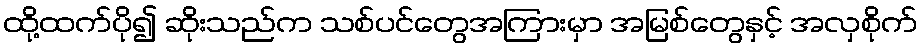
ထို့ထက်ပို၍ ဆိုးသည်က သစ်ပင်တွေအကြားမှာ အမြစ်တွေနှင့် အလှစိုက်